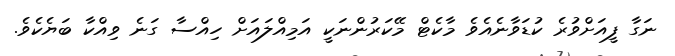
ނަގާ ފީއަށްވުރެ ކުޑަވާނެއެވެ މާކެޓް މޭކަރުންނަކީ އަމިއްލައަށް ހިއްސާ ގަނެ ވިއްކާ ބަޔެކެވެ.